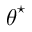
\boldsymbol { \theta } ^ { \star }